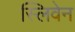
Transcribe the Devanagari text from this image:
स्लिवेन